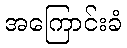
အကြောင်းခံ